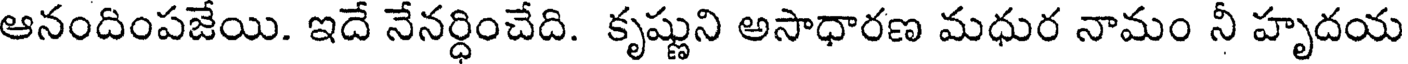
ఆనందింపజేయి. ఇదే నేనర్ధించేది. కృష్ణుని అసాధారణ మధుర నామం నీ హృదయ